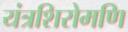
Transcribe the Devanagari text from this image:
यंत्रशिरोमणि